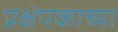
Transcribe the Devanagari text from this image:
प्रक्षेपकाच्या